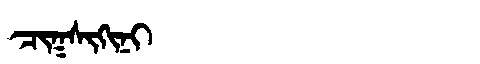
Manchu: ᠴᡳᡴᠰᡳᡴᡳᠨᡳ
Romanization: CIKSIKINI